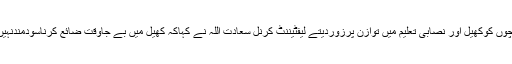
بچوں کوکھیل اور نصابی تعلیم میں توازن پرزوردیتے لیفٹیننٹ کرنل سعادت اللہ نے کہاکہ کھیل میں بے جاوقت ضائع کرناسودمندنہیں۔